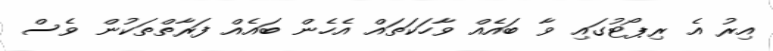
އިރު އެ ރިޕޯޓުގައި ވާ ބައެއް ވާހަކަތައް އެހެން ބައެއް ފަރާތްތަކުން ވެސް